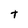
Character: t